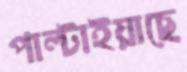
পাল্‌টাইয়াছে